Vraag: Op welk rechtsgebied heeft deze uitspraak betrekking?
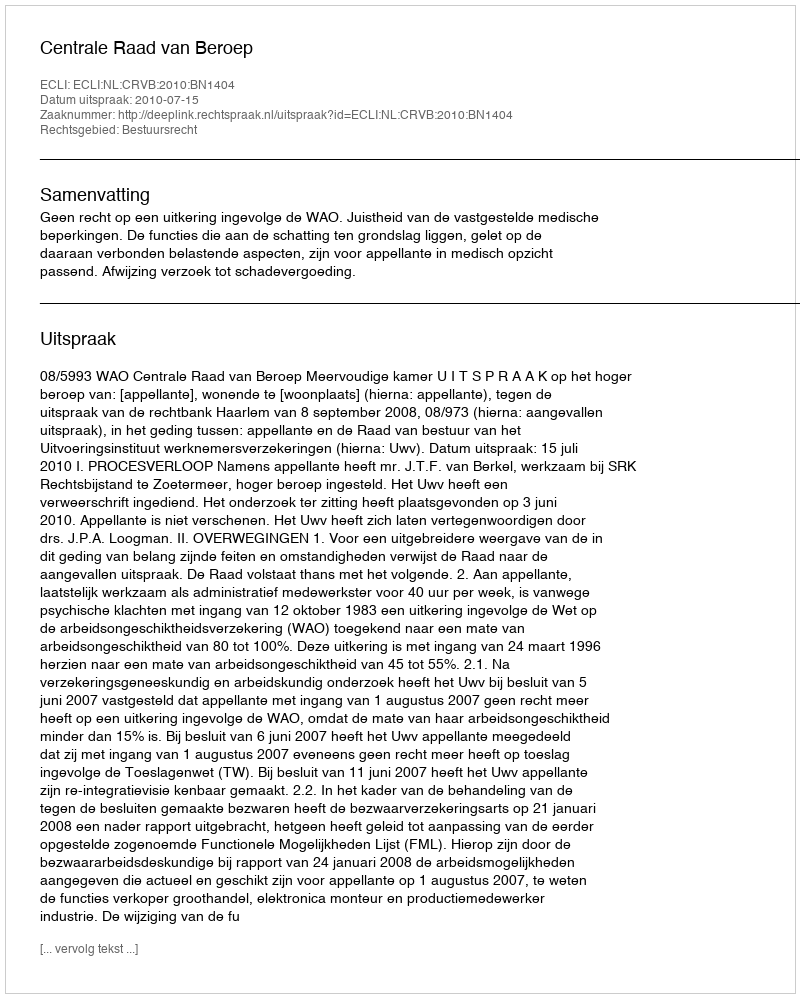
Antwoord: Bestuursrecht